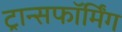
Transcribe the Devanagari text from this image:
ट्रान्सफॉर्मिंग